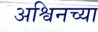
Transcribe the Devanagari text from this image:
अश्विनच्या